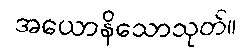
အယောနိသောသုတ်။